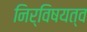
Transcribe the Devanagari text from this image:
निर्विषयत्व